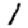
Digit: 1